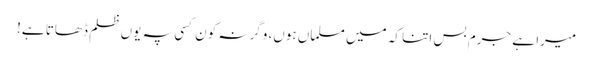
میرا ہے جرم بس اتنا کہ میں مسلماں ہوں، وگرنہ کون کسی پہ یوں ظلم ڈھاتا ہے!